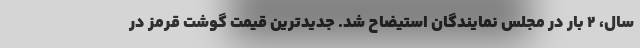
سال، ۲ بار در مجلس نمایندگان استیضاح شد. جدیدترین قیمت گوشت قرمز در